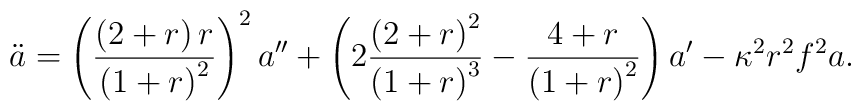
\ddot{a}=\left( \frac{\left( 2+r\right) r}{\left( 1+r\right) ^{2}}\right) ^{2}a^{\prime \prime }+\left( 2\frac{\left( 2+r\right) ^{2}}{\left( 1+r\right) ^{3}}-\frac{4+r}{\left( 1+r\right) ^{2}}\right) a^{\prime }-\kappa ^{2}r^{2}f^{2}a .